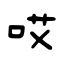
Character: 哎